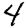
Digit: 4